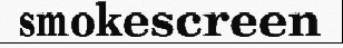
smokescreen